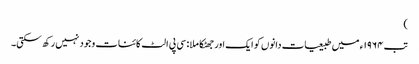
)
تب ١٩٦٤ء میں طبیعیات دانوں کو ایک اور جھٹکا ملا : سی پی الٹ کائنات وجود نہیں رکھ سکتی۔